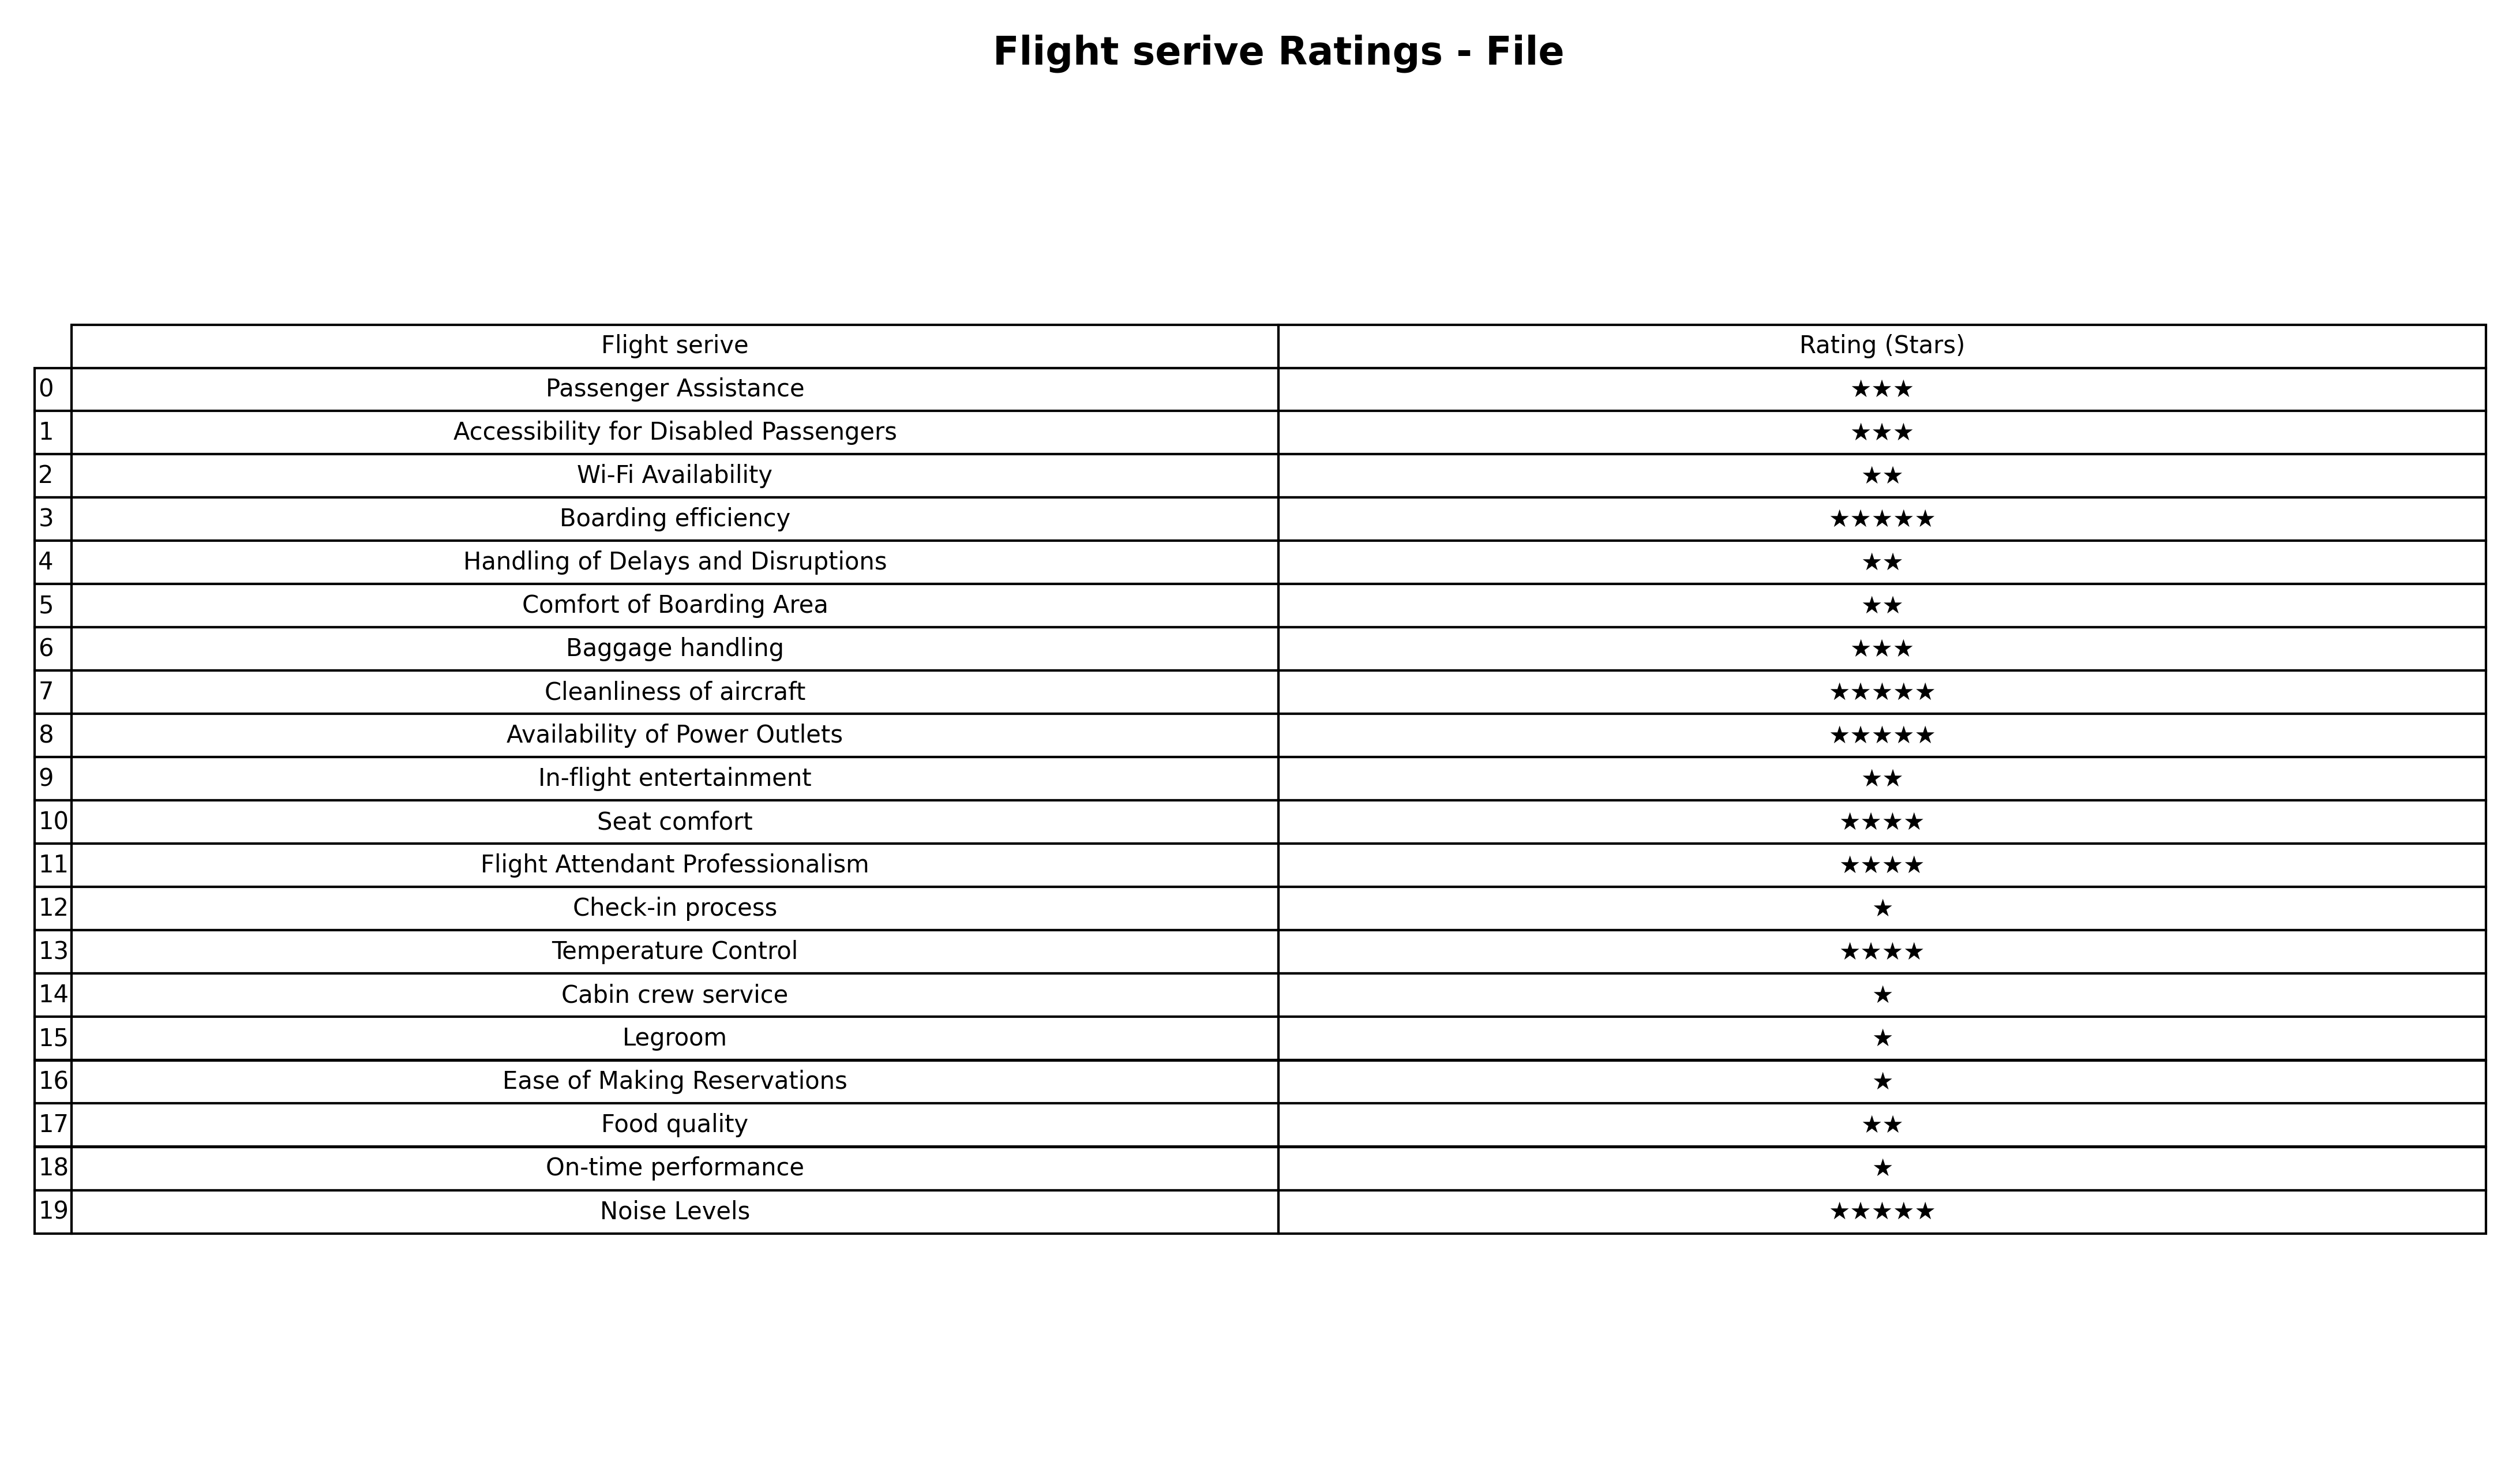
question: What are lowest rating services?
answer: Seat comfortFlight Attendant ProfessionalismTemperature Control